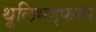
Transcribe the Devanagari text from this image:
थूलिभद्दफाग